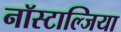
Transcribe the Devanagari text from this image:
नॉस्टाल्जिया